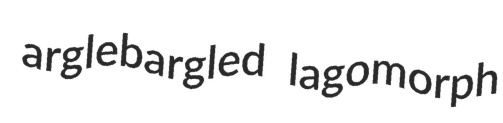
arglebargled lagomorph